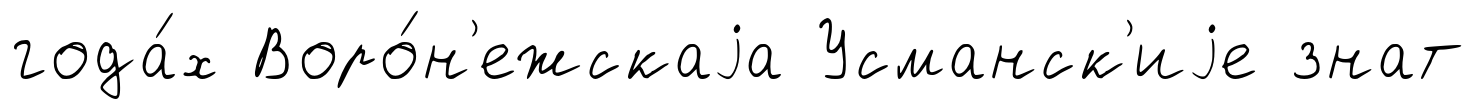
года́х Воро́н'ежскаjа Усманск'иjе знат